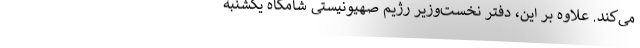
می‌کند. علاوه بر این، دفتر نخست‌وزیر رژیم صهیونیستی شامگاه یکشنبه